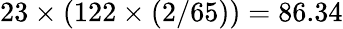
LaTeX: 23\times(122\times(2/65))=86.34